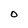
Character: O